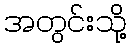
အတွင်းသို့